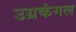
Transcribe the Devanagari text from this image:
उग्रकंगल